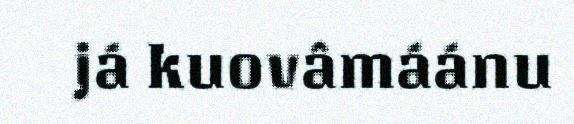
já kuovâmáánu